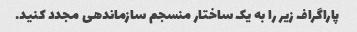
پاراگراف زیر را به یک ساختار منسجم سازماندهی مجدد کنید.